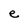
Character: e